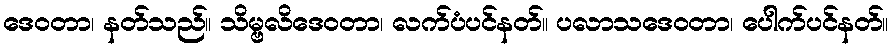
ဒေဝတာ၊ နတ်သည်။ သိမ္ဗလိဒေဝတာ၊ လက်ပံပင်နတ်။ ပလာသဒေဝတာ၊ ပေါက်ပင်နတ်။